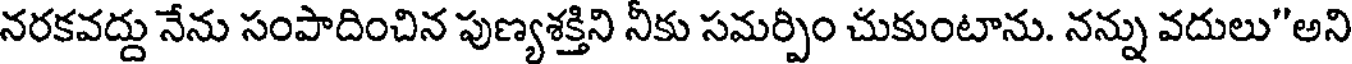
నరకవద్దు నేను సంపాదించిన పుణ్యశక్తిని నీకు సమర్పిం చుకుంటాను. నన్ను వదులు"అని